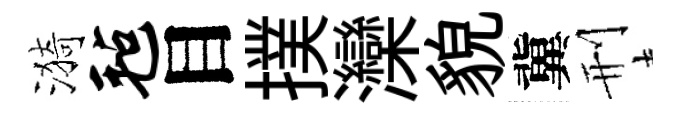
漪毡目撲灤貌冀刑